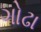
ગોઢા